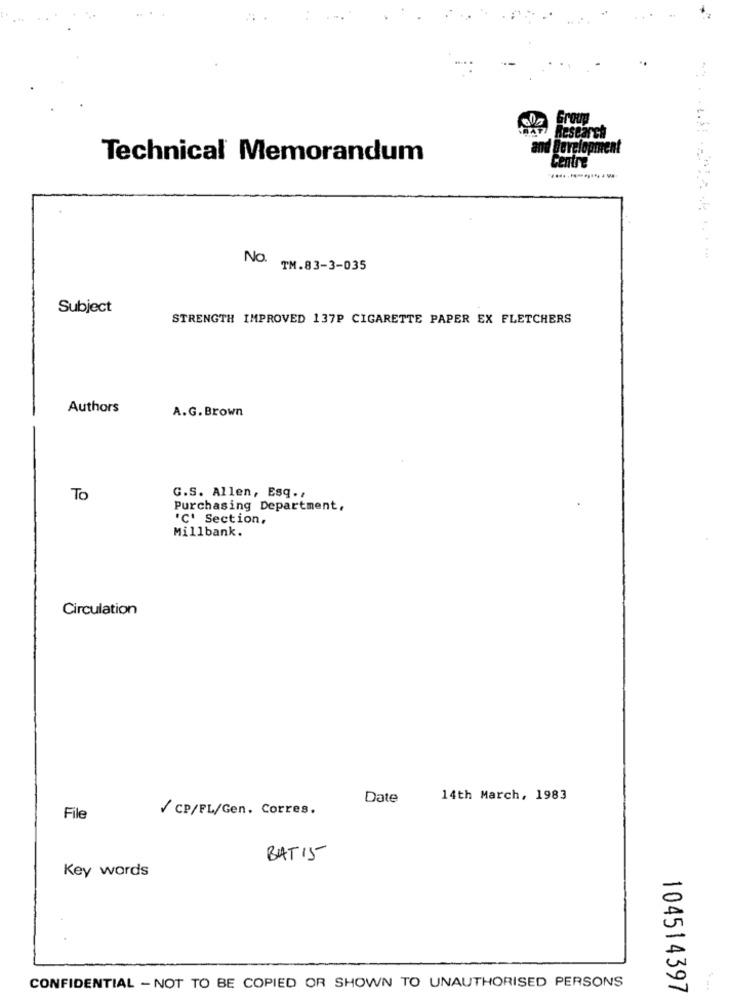
Research
and development
Technical Memorandum
Centre
No.
TM.83-3-035
Subject
STRENGTH IMPROVED 137P CIGARETTE PAPER EX FLETCHERS
Authors
A.G. Brown
To
G.S. Allen, Esq .,
Purchasing Department,
'C' Section,
Millbank.
Circulation
Date
14th March, 1983
/ CP/PL/Gen. Corres.
File
BAT 15
Key words
CONFIDENTIAL - NOT TO BE COPIED OR SHOWN TO UNAUTHORISED PERSONS
104514397